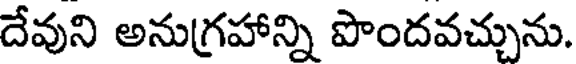
దేవుని అనుగ్రహాన్ని పొందవచ్చును.